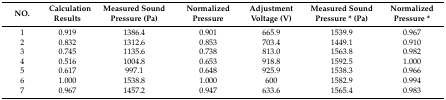
<table><thead><tr><td><b>NO.</b></td><td><b>Calculation Results</b></td><td><b>Measured Sound Pressure (Pa)</b></td><td><b>Normalized Pressure</b></td><td><b>Adjustment Voltage (V)</b></td><td><b>Measured Sound Pressure * (Pa)</b></td><td><b>Normalized Pressure *</b></td></tr></thead><tbody><tr><td>1</td><td>0.919</td><td>1386.4</td><td>0.901</td><td>665.9</td><td>1539.9</td><td>0.967</td></tr><tr><td>2</td><td>0.832</td><td>1312.6</td><td>0.853</td><td>703.4</td><td>1449.1</td><td>0.910</td></tr><tr><td>3</td><td>0.745</td><td>1135.6</td><td>0.738</td><td>813.0</td><td>1563.8</td><td>0.982</td></tr><tr><td>4</td><td>0.516</td><td>1004.8</td><td>0.653</td><td>918.8</td><td>1592.5</td><td>1.000</td></tr><tr><td>5</td><td>0.617</td><td>997.1</td><td>0.648</td><td>925.9</td><td>1538.3</td><td>0.966</td></tr><tr><td>6</td><td>1.000</td><td>1538.8</td><td>1.000</td><td>600</td><td>1582.9</td><td>0.994</td></tr><tr><td>7</td><td>0.967</td><td>1457.2</td><td>0.947</td><td>633.6</td><td>1565.4</td><td>0.983</td></tr></tbody></table>